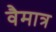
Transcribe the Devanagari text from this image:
वैमात्र